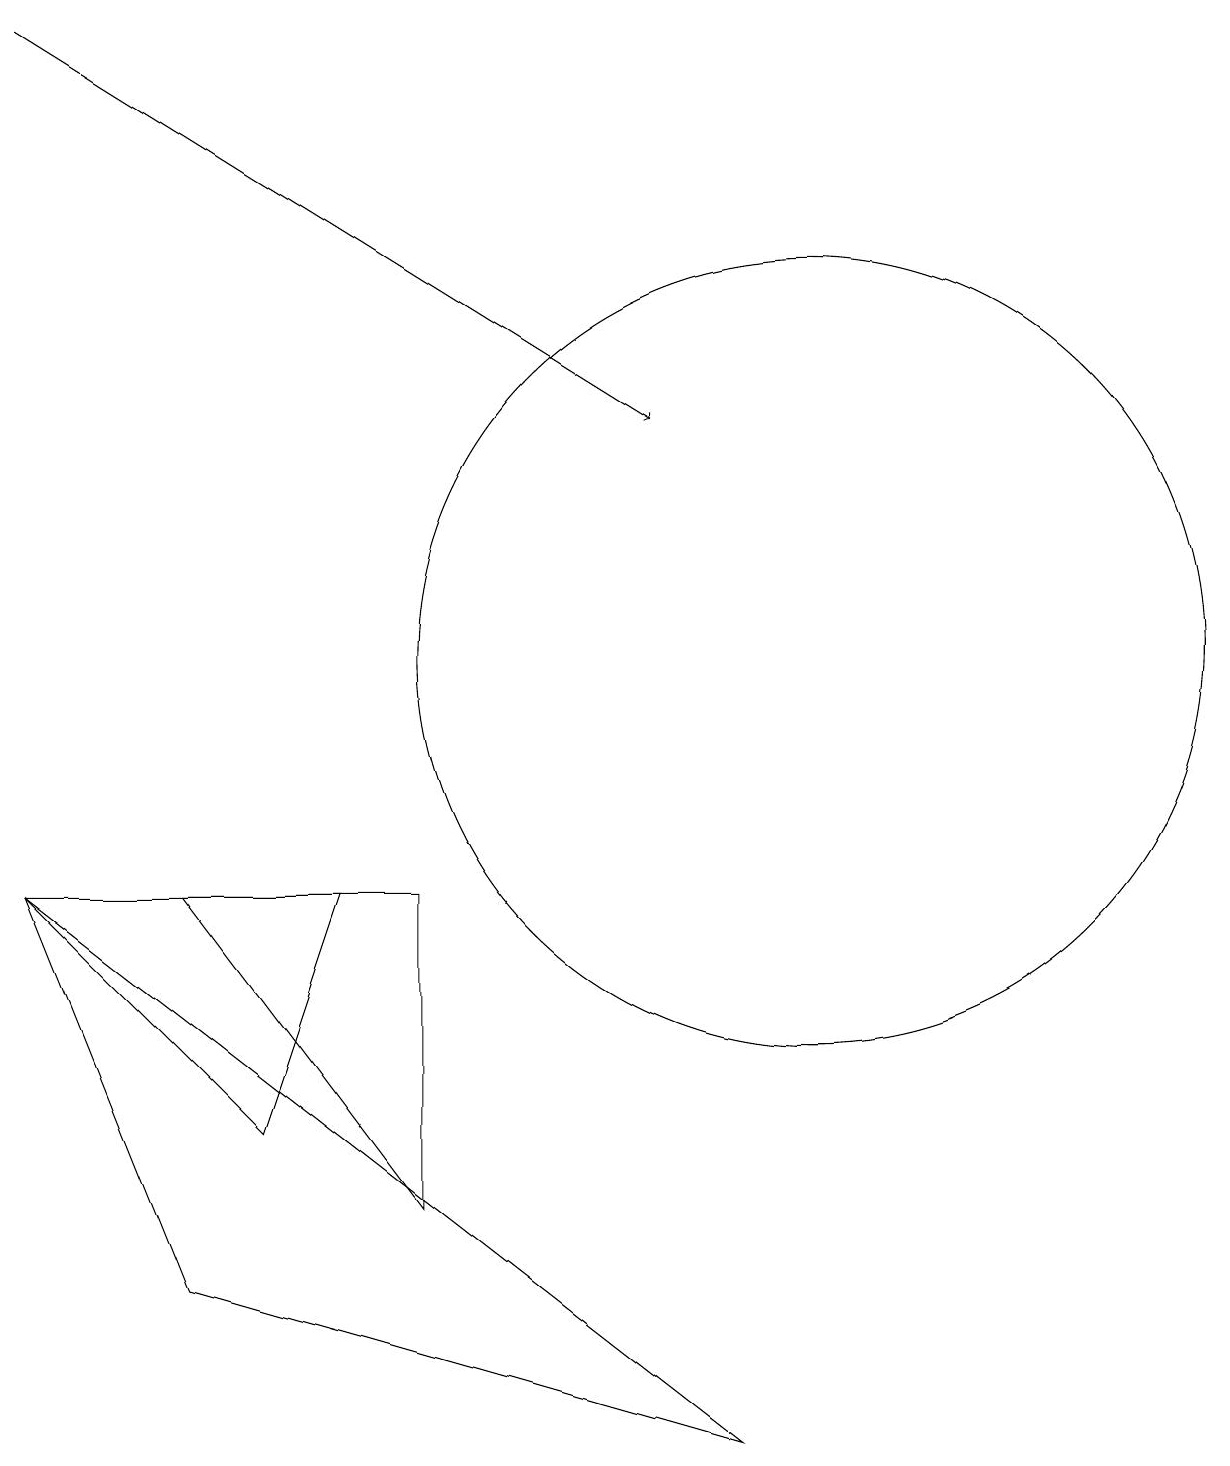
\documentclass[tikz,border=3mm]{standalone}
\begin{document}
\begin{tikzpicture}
\draw (0,7) -- (4,7) -- (3,4) -- cycle;
\draw (9,0) -- (2,2) -- (0,7) -- cycle;
\draw (10,10) circle (5);
\draw[->] (0,18) -- (8,13);
\draw (5,3) -- (5,7) -- (2,7) -- cycle;
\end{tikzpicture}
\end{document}